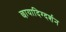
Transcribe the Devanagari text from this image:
छायादिग्दर्शन